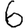
Digit: 6